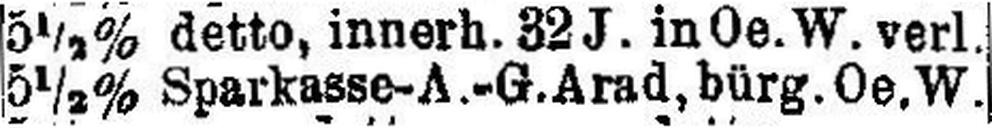
5½% Sparkasse-A.-G. Arad, bürg. Oe. W.